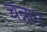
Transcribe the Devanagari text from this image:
चन्नान